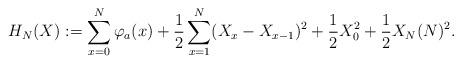
LaTeX: \begin{align*}H_N(X):=\sum_{x = 0}^N \varphi_{a}(x) + \frac{1}{2} \sum _{x=1}^{N} (X_x-X_{x-1})^2 + \frac{1}{2} X_0^2 + \frac{1}{2}X_N(N)^2.\end{align*}